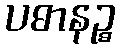
ပဓာနဉ္စ